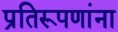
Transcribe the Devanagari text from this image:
प्रतिरूपणांना